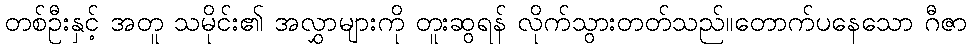
တစ်ဦးနှင့် အတူ သမိုင်း၏ အလွှာများကို တူးဆွရန် လိုက်သွားတတ်သည်။တောက်ပနေသော ဂီဇာ